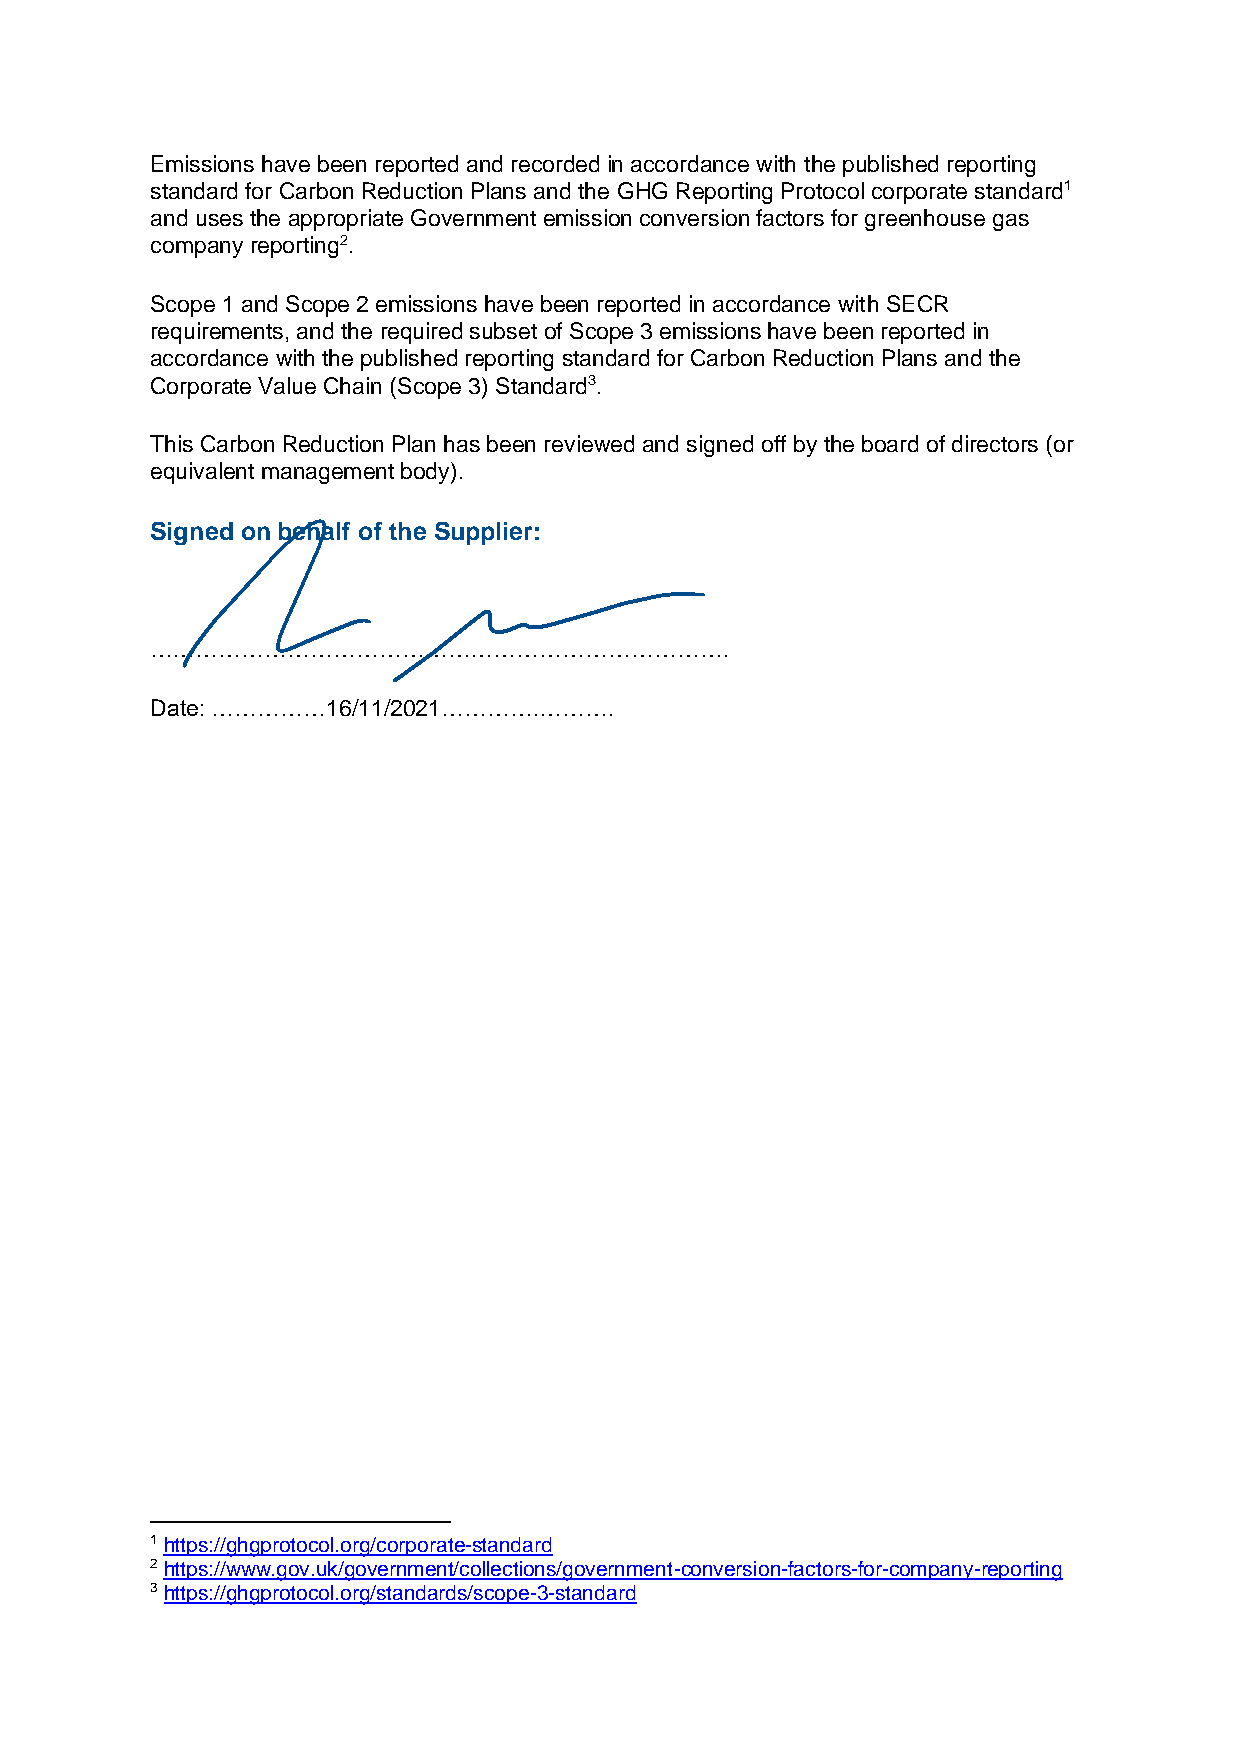
Emissions have been reported and recorded in accordance with the published reporting
 standard for Carbon Reduction Plans and the GHG Reporting Protocol corporate standard1
 and uses the appropriate Government emission conversion factors for greenhouse gas
 company reporting2.
 Scope 1 and Scope 2 emissions have been reported in accordance with SECR
 requirements, and the required subset of Scope 3 emissions have been reported in
 accordance with the published reporting standard for Carbon Reduction Plans and the
 Corporate Value Chain (Scope 3) Standard3.
 This Carbon Reduction Plan has been reviewed and signed off by the board of directors (or
 equivalent management body).
 Signed on behalf of the Supplier:
 ………………………………………………………………….
 Date: ……………16/11/2021………….……….
 1 https://ghgprotocol.org/corporate-standard
 2 https://www.gov.uk/government/collections/government-conversion-factors-for-company-reporting
 3 https://ghgprotocol.org/standards/scope-3-standard